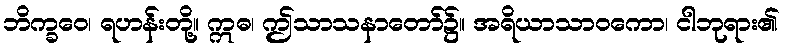
ဘိက္ခဝေ၊ ရဟန်းတို့။ ဣဓ၊ ဤသာသနာတော်၌။ အရိယာသာဝကော၊ ငါဘုရား၏